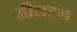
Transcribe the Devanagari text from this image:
ह्वीलटग